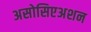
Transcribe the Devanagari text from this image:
असोसिएअशन